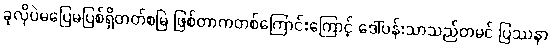
ခုလိုပဲမပြေမပြစ်ရှိတတ်စမြဲ ဖြစ်တာကတစ်ကြောင်းကြောင့် ဒေါ်ပန်းသာသည်တမင် ပြဿနာ